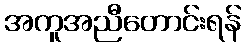
အကူအညီတောင်းရန်